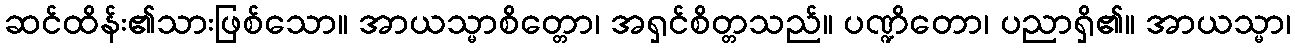
ဆင်ထိန်း၏သားဖြစ်သော။ အာယသ္မာစိတ္တော၊ အရှင်စိတ္တသည်။ ပဏ္ဍိတော၊ ပညာရှိ၏။ အာယသ္မာ၊